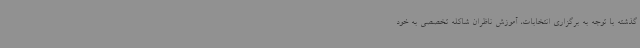
گذشته با توجه به برگزاری انتخابات، آموزش ناظران شاکله تخصصی به خود